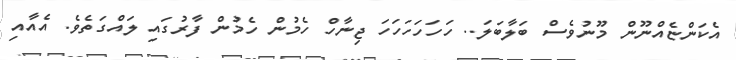
އެކަންޏެއްނޫން މޫނުވެސް ބަލާބަލަ.. ހަހަހަހަހަހަ ޖިނާހް ހެމުން ހެމުން ފާރުގައި ލައްގަތެވެ. އެއާއި